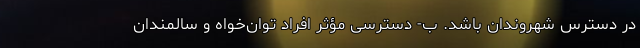
در دسترس شهروندان باشد. ب- دسترسی مؤثر افراد توان‌خواه و سالمندان